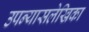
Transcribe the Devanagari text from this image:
उपन्यासलेखिका